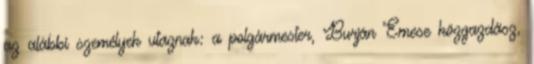
az alábbi személyek utaznak: a polgármester, Burján Emese közgazdász,